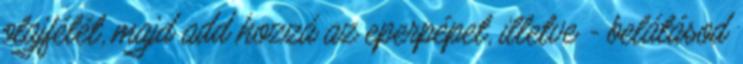
olajfélét, majd add hozzá az eperpépet, illetve - belátásod